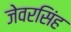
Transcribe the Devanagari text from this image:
जेवरसिंह